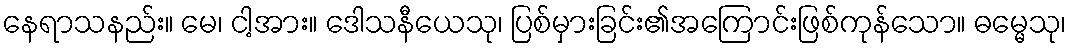
နေရာသနည်း။ မေ၊ ငါ့အား။ ဒေါသနီယေသု၊ ပြစ်မှားခြင်း၏အကြောင်းဖြစ်ကုန်သော။ ဓမ္မေသု၊